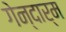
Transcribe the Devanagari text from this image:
गेन्दार्म